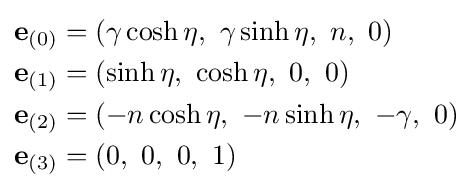
{\begin{aligned}\mathbf {e} _{(0)}&=\left(\gamma \cosh \eta ,\ \gamma \sinh \eta ,\ n,\ 0\right)\\\mathbf {e} _{(1)}&=\left(\sinh \eta ,\ \cosh \eta ,\ 0,\ 0\right)\\\mathbf {e} _{(2)}&=\left(-n\cosh \eta ,\ -n\sinh \eta ,\ -\gamma ,\ 0\right)\\\mathbf {e} _{(3)}&=\left(0,\ 0,\ 0,\ 1\right)\end{aligned}}